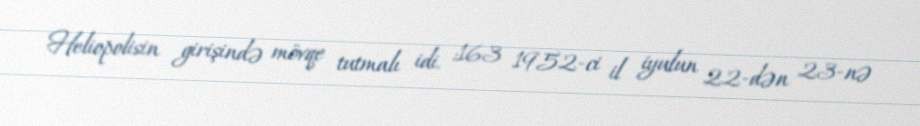
Heliopolisin girişində mövqe tutmalı idi. :163 1952-ci il iyulun 22-dən 23-nə